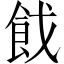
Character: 𩚧